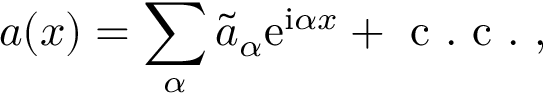
a ( x ) = \sum _ { \alpha } \widetilde { a } _ { \alpha } \mathrm { e } ^ { \mathrm { i } \alpha x } + \mathrm { ~ c ~ . ~ c ~ . ~ } ,